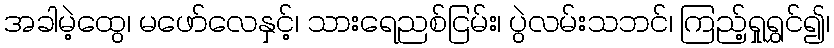
အခါမဲ့ထွေ၊ မဖော်လေနှင့်၊ သားရေညစ်ငြမ်း၊ ပွဲလမ်းသဘင်၊ ကြည့်ရှုရွှင်၍၊